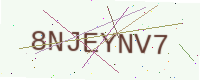
Text: 8NJEYNV7